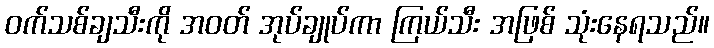
ဝက်သစ်ချသီးကို အဝတ် အုပ်ချုပ်ကာ ကြယ်သီး အဖြစ် သုံးနေရသည်။